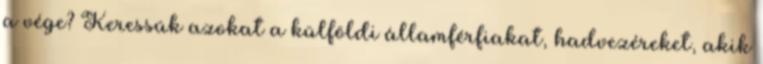
a vége? Keressük azokat a külföldi államférfiakat, hadvezéreket, akik